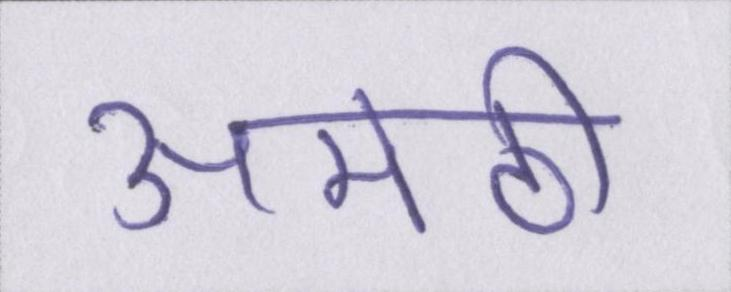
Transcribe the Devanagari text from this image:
अमेठी